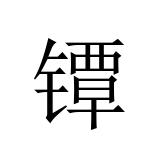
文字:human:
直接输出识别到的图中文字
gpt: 镡